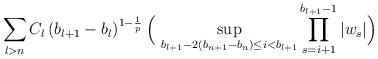
LaTeX: \begin{align*}\sum_{l>n}C_{l}\,(b_{l+1}-b_{l})^{1-\frac{1}{p}}\,\Bigl(\ \sup_{b_{l+1}-2(b_{n+1}-b_n)\le i<b_{l+1}}\prod_{s=i+1}^{b_{l+1}-1}|w_s|\Bigr)\end{align*}